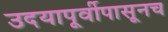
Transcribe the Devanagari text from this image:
उदयापूर्वीपासूनच